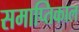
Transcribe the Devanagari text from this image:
समाप्तिकाल